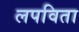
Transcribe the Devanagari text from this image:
लपविता